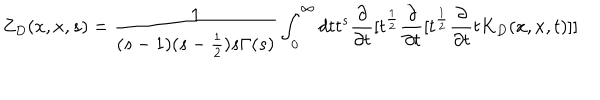
Z _ { D } ( x , x , s ) = { \frac { 1 } { ( s - 1 ) ( s - { \frac { 1 } { 2 } } ) s \Gamma ( s ) } } \int _ { 0 } ^ { \infty } d t t ^ { s } { \frac { \partial } { \partial t } } [ t ^ { \frac { 1 } { 2 } } { \frac { \partial } { \partial t } } [ t ^ { \frac { 1 } { 2 } } { \frac { \partial } { \partial t } } t K _ { D } ( x , x , t ) ] ]